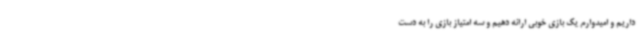
داریم و امیدوارم یک بازی خوبی ارائه دهیم و سه امتیاز بازی را به دست